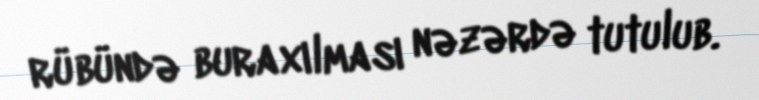
rübündə buraxılması nəzərdə tutulub.